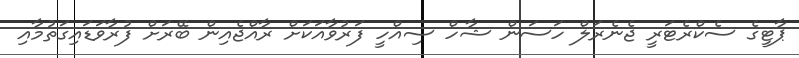
ޕާޓީގެ ސެކްރެޓަރީ ޖެނެރަލް ހަސަން ޝާހް ސިއްހީ ފަރުވާއަކަށް ރާއްޖެއިން ބޭރަށް ފުރާވަޑައިގަތުމާއި